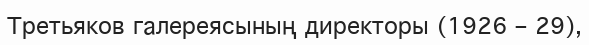
Третьяков галереясының директоры (1926 – 29),